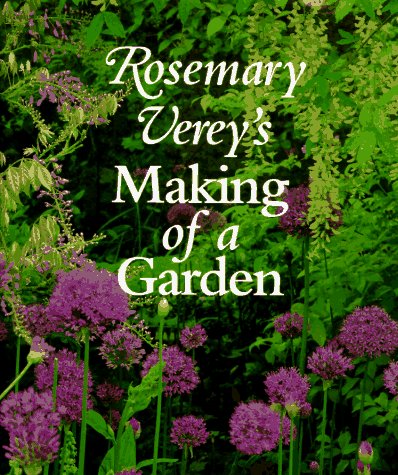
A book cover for Rosemary Verey's Making of a Garden; Rosemary Verey; Crafts, Hobbies & Home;